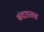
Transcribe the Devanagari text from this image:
बंदरातच